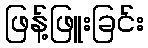
ဖြန့်ဖြူးခြင်း